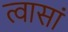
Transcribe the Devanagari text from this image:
त्वासां